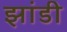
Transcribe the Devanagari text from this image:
झांडी